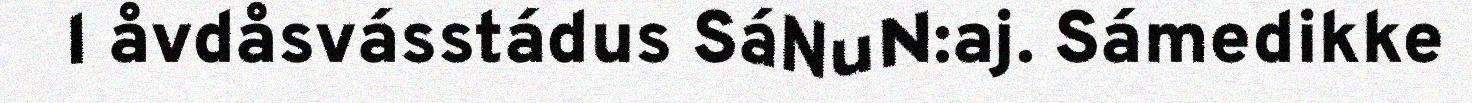
l åvdåsvásstádus SáNuN:aj. Sámedikke